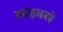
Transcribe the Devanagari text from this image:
लाइबसे